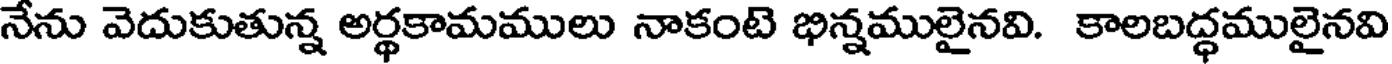
నేను వెదుకుతున్న అర్థకామములు నాకంటె భిన్నములైనవి. కాలబద్ధములైనవి